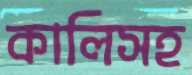
কালিসহ